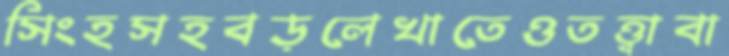
সিংহসহবড়লেখাতেওতত্ত্বাবা